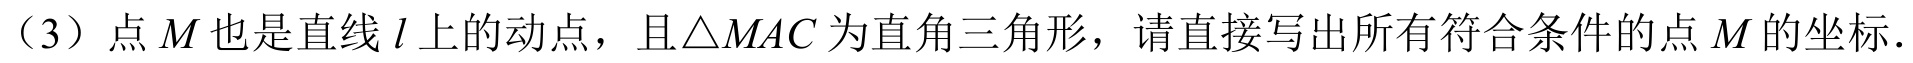
（3）点\(M\)也是直线\(l\)上的动点，且\(\triangle MAC\)为直角三角形，请直接写出所有符合条件的点\(M\)的坐标．